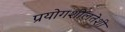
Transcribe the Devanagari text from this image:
प्रयोगशीलतेशी